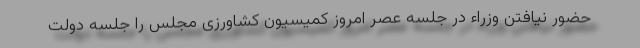
حضور نیافتن وزراء در جلسه عصر امروز کمیسیون کشاورزی مجلس را جلسه دولت